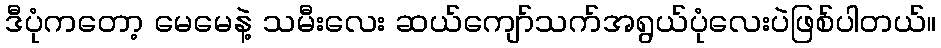
ဒီပုံကတော့ မေမေနဲ့ သမီးလေး ဆယ်ကျော်သက်အရွယ်ပုံလေးပဲဖြစ်ပါတယ်။